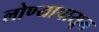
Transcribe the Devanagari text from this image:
लोण्यापासून